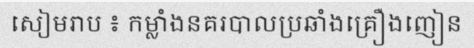
សៀមរាប ៖ កម្លាំងនគរបាលប្រឆាំងគ្រឿងញៀន